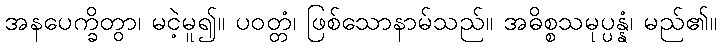
အနပေက္ခိတွာ၊ မငဲ့မူ၍။ ပဝတ္တံ၊ ဖြစ်သောနာမ်သည်။ အဓိစ္စသမုပ္ပန္နံ၊ မည်၏။